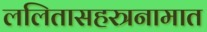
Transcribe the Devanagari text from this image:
ललितासहस्त्रनामात